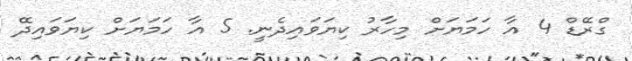
ގްރޭޑް 4 އާ ހަމަޔަށް މިހާރު ކިޔަވައިދެނީ. 5 އާ ހަމަޔަށް ކިޔަވައިދޭ